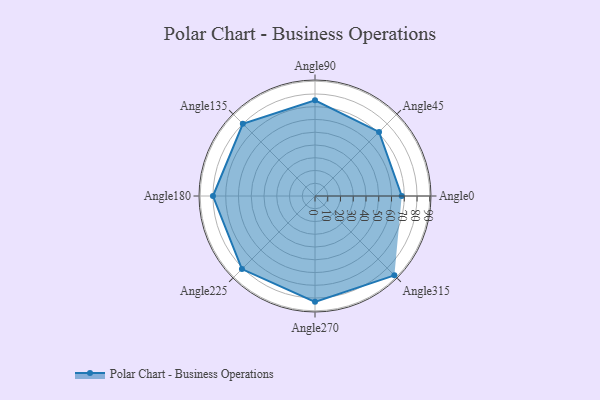
{"axis": {"x": "Angle", "y": "Radius"}, "legend": [""], "data": [{"x": "Angle0", "y": 68.0, "type": ""}, {"x": "Angle45", "y": 71.0, "type": ""}, {"x": "Angle90", "y": 75.0, "type": ""}, {"x": "Angle135", "y": 80.0, "type": ""}, {"x": "Angle180", "y": 80.0, "type": ""}, {"x": "Angle225", "y": 81.0, "type": ""}, {"x": "Angle270", "y": 83.0, "type": ""}, {"x": "Angle315", "y": 88.0, "type": ""}]}